Vaccination in Burma 1912-1922 - 1912-1922
Year: 1912
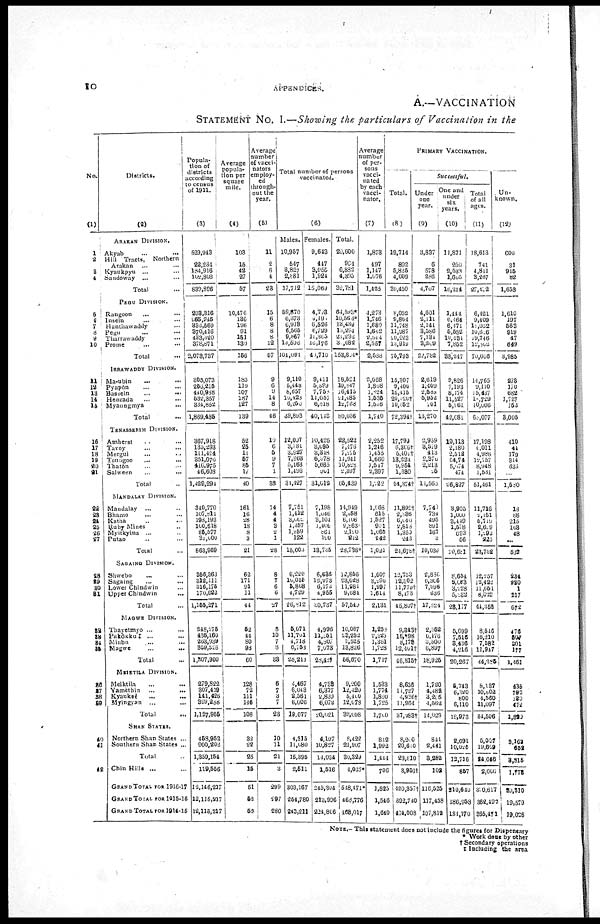
10
APPENDICES.
A.—VACCINATION
STATEMENT No. I.—Showing the particulars of Vaccination in the
No.
(1)
1
2
3
4
5
6
7 8
9
10
11
12
13
14
15
16
17
18
19
20
21
22
23
24
25
26
27
28
29
30
31
32
33
34
35
36
37
38
39
40
41
42
Districts.
(2)
ARAKAN DIVISION.
Akyab
...
...
Hill Tracts,
Northern
Arakan
... ...
Kyaukpyu ... ...
Sandoway ...
...
Total ...
PEGU DIVISION.
Rangoon ... ...
Insein
... ...
Hanthawaddy ...
Pegu ... ...
Tharrawaddy ...
Prome
...
...
Total
...
IRRAWADDY DIVISION.
Ma-ubin
...
...
Pyapôn ... ...
Bassein
...
...
Henzada
...
...
Myaungmya
...
Total ...
TENASSERIM DIVISION.
Amherst
...
...
Tavoy
...
...
Mergui
...
...
Toungoo ... ...
Thatôn ... ...
Salween
...
...
Total ...
MANDALAY DIVISION.
Mandalay
... ...
Bhamo ... ...
Katha ... ...
Ruby Mines ...
Myitkyina ... ...
Putao ... ...
Total ...
SAGAING DIVISION.
Shwebo
... ...
Sagaing
...
...
Lower Chindwin ...
Upper Chindwin
...
Total ...
MAGWE DIVISION.
Thayetmyo ... ...
Pakôkku ‡ ... ...
Minbu
...
...
Magwe
...
...
Total
...
MEIKTILA DIVISION.
Meiktila ... ...
Yamèthin
...
...
Kyauksè ... ...
Myingyan ... ...
Total
...
SHAN STATES.
Northern Shan States ...
Southern Shan States ...
Total ...
Chin Hills ... ...
GRAND TOTAL FOR 1916-17
GRAND TOTAL FOR 1915-16
GRAND TOTAL FOR 1914-15
Popula-
tion of
districts
according
to census
of 1911.
(3)
529,943
22,234
184,916
102,803
839,896
293,316
265,245
333,569
370,416
433,320
378,871
2,073,737
305,073
256,215
440,988
532,357
334,852
1,869,485
367,918
135,293
111,424
351,076
416,975
46,608
1,429,294
340,770
107,811
198,193
100,618
85,577
31,000
863,969
356,363
312,111
316,175
170,622
1,155,271
248,275
436,160
263,939
959,526
1,307,900
279,822
307,419
141,426
399,288
1,127,955
458,952
900,202
1,359,154
119,556
12,146,217
12,115,217
12,115,217
Average
popula-
tion per
square
mile.
(4)
103
15
42
27
57
10,476
136
196
91
151
130
156
185
119
107
187
127
139
52
25
11
57
85
17
40
161
16
28
18
8
3
21
62
171
91
11
44
52
44
80
98
60
128
72
111
146
108
32
22
25
15
51
52
52
Average
number
of vacci-
nators
employ-
ed
through-
out the
year.
(5)
11
2
6
4
23
15
6
8
8
8
12
57
9
6
9
14
8
46
10
6
5
9
7
1
38
14
4
4
3
2
1
28
8
7
6
6
27
8
10
7
8
33
6
7
3
7
23
10
11
21
3
299
297
280
Total number of persons
vaccinated.
(6)
Males.
10,957
547
3,827
2,881
17,712
59,870
6,373
6,918
6,506
9,867
14,506
104,091
9,110
5,448
8,657
10,428
6,250
39,893
12,007
3,781
3,927
7,963
5,163
1,496
31,427
7,751
1,412
3,001 1,457
1,259
122
15,008
6,220
10,055
5,808
4,729
26,812
5,071
11,701
4,718
6,758
28,213
4,467
6,043
2,561
6,006
19,077
4,315
11,080
15,395
2,511
303,167
254,780
243,211
Females.
9,643
447
3,055
1,924
15,069
4,723
4,191
6,526
6,729
11,805
16,176
41,710
9,411
5,899
7,755
11,057
6,618
40,143
10,425
3,095
3,348
6,978
5,665
901
31,012
7,198
1,046
3,104
1,406
861
120
13,735
6,636
12,973
6,173
4,955
30,737
4,996
11,851
4,807
7,073
28,421
4,738
6,377
2,839
6,072
20,021
4,107
10,827
14,934
1,516
245,304
213,906
224,806
Total.
20,600
994
6,882
4,305
32,781
64,593*
10,564*
13,439
15,294
21,232
3,682
153,804*
18,521
10,847
16,415
21,485
12,768
80,036
22,522
7,476
7,275
11,941
10,828
2,397
65,439
11,949
2,458
6,106
2,863
2,120
212
28,738*
12,856
23,028
11,981
9,684
57,540
10,067
23,252
9,525
13,826
56,670
9,200
12,420
5,400
12,078
39,008
8,422
21,907
30,329
4,027*
548,471*
468,776
468,017
Average
number
of per-
sons
vacci-
nated
by each
vacci-
nator.
(7)
1,873
497
1,147
1,076
1,425
4,273
1,746
1,680
1,662
2,664
2,557
2,688
2,058
1,808
1,824
1,535
1,596
1,740
2,252
1,246
1,455
1,660
1,547
2,397
1,122
1,068
615
1,527
901
1,060
242
1,021
1,607
3,290
1,997
1,614
2,131
1,258
2,323
1,361
1,728
1,717
1,533
1,774
1,800
1,725
1,700
842
1,992
1,441
706
1,825
1,546
1,640
PRIMARY VACCINATION.
Total.
(8)
19,714
892
5,835
4,009
30,450
8,052
9,854
11,748
11,987
20,223
13,919
75,793
15,307
9,400
16,415
20,020†
10,452
72,394†
17,799
6,306†
5,401†
13,224
9,954
1,680
54,374†
11,892†
2,836
6,040
2,818
1,350
242
24,678†
12,753
12,802
11,779†
8,473
45,807†
9,343†
16,*98
8,178
12,401†
46,815†
8,656
11,727
4,936†
11,964
37,183†
8,200
20,610
28,810
3,953†
420,357†
392,740
464,008
Successful.
Under
one
year.
(9)
3,837
6
578
286
4,707
4,601
2,111
2,141
3,586
7,134
3,209
22,782
2,619
1,409
2,589
5,952
701
13,270
2,959
3,519
413
2,376
2,213
25
11,565
7,740
734
495
891
167
3
10,039
2,880
6,306
7,996
636
17,824
2,352
6,176
3,500
6,897
18,925
1,720
4,482
3,206
4,562
14,029
841
2,441
8,282
102
116,525
117,458
107,812
One and
under
six
years.
(10)
11,871
200
2,533
1,605
16,214
1,444
6,464
6,171
5,582
10,434
7,852
38,247
9,826
7,193
8,174
11,527
5,961
42,081
10,113
2,180
2,512
64,74 5,074
474
26,827
3,905
1,000
3,449
1,578
693
56
10,681
8,654
6,063
3,228
5,232
23,177
5,099
7,515
3,436
4,216
20,267
5,743
6,320
800
6,110
18,973
2,691
10,025
12,716
857
210,640
186,958
184,170
Total
of all
ages.
(11)
18,613
741
4,811
3,267
27,402
6,421
9,409
11,032
10,606
19,746 12,802
70,006
14,765
9,110
15,467
18,729
10,006
68,077
17,198
6,011
4,986
12,757 8,948
1,561
51,461
11,716
2,151
5,719
2,609
1,292
225
23,732
12,257
12,422
11,651
8,022
44,352
8,546
16,210
7,582
11,947
44,385
8,137
10,802
4,560
11,097
34,596
5,037
19,609
24,646
2,000
310,617
362,492
365,471
Un-
known.
(12)
600
31
915
82
1,658
1,610
197
563
919
47
649
3,985
273
170
682
1,727
153
3,005
410
44
179
314 633 ...
1,580
18
88 215
163
48
...
532
234
220
1
217
672
476
507
201
177
1,461
435
792
130
472
1,829
3,162
652
3,815
1,773
20,310*
19,579
19,026
NOTE.— This statement does not include the figures for Dispensary
* Work done by other
† Secondary operations
‡ Including the area